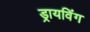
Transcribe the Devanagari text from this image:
ड्रायविंग